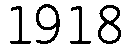
1918